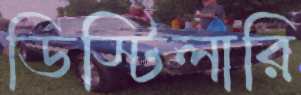
ডিস্টিলারি